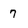
Character: 7